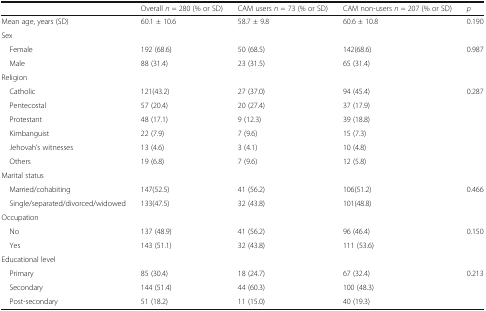
|  | Overall n = 280 (% or SD) | CAM users n = 73 (% or SD) | CAM non-users n = 207 (% or SD) | p |
 | --- | --- | --- | --- | --- |
 | Mean age, years (SD) | 60.1 ± 10.6 | 58.7 ± 9.8 | 60.6 ± 10.8 | 0.190 |
 | <COLSPAN=5> Sex |
 | Female | 192 (68.6) | 50 (68.5) | 142(68.6) | 0.987 |
 | Male | 88 (31.4) | 23 (31.5) | 65 (31.4) |  |
 | <COLSPAN=5> Religion |
 | Catholic | 121(43.2) | 27 (37.0) | 94 (45.4) | 0.287 |
 | Pentecostal | 57 (20.4) | 20 (27.4) | 37 (17.9) |  |
 | Protestant | 48 (17.1) | 9 (12.3) | 39 (18.8) |  |
 | Kimbanguist | 22 (7.9) | 7 (9.6) | 15 (7.3) |  |
 | Jehovah’s witnesses | 13 (4.6) | 3 (4.1) | 10 (4.8) |  |
 | Others | 19 (6.8) | 7 (9.6) | 12 (5.8) |  |
 | <COLSPAN=5> Marital status |
 | Married/cohabiting | 147(52.5) | 41 (56.2) | 106(51.2) | 0.466 |
 | Single/separated/divorced/widowed | 133(47.5) | 32 (43.8) | 101(48.8) |  |
 | <COLSPAN=5> Occupation |
 | No | 137 (48.9) | 41 (56.2) | 96 (46.4) | 0.150 |
 | Yes | 143 (51.1) | 32 (43.8) | 111 (53.6) |  |
 | <COLSPAN=5> Educational level |
 | Primary | 85 (30.4) | 18 (24.7) | 67 (32.4) | 0.213 |
 | Secondary | 144 (51.4) | 44 (60.3) | 100 (48.3) |  |
 | Post-secondary | 51 (18.2) | 11 (15.0) | 40 (19.3) |  |